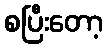
စပြီးတော့